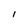
Character: l